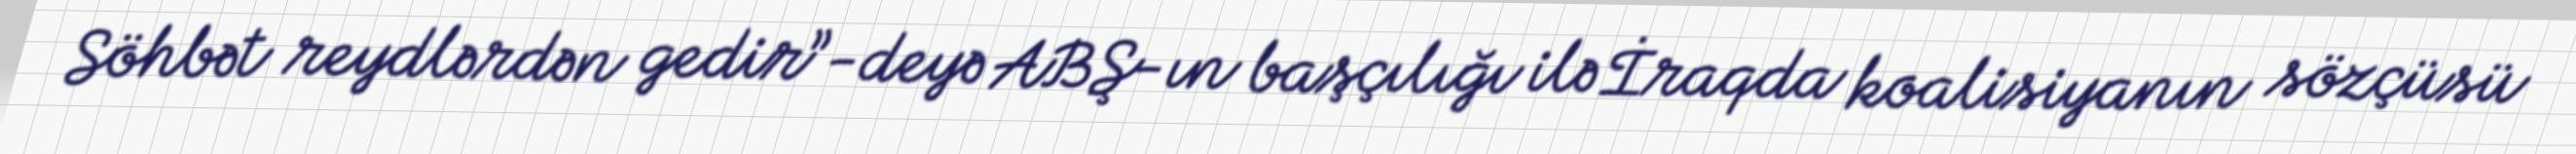
Söhbət reydlərdən gedir”-deyə ABŞ-ın başçılığı ilə İraqda koalisiyanın sözçüsü